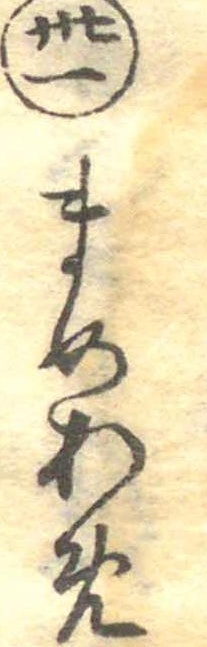
卅一まめあめ